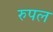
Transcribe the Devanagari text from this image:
रुपल